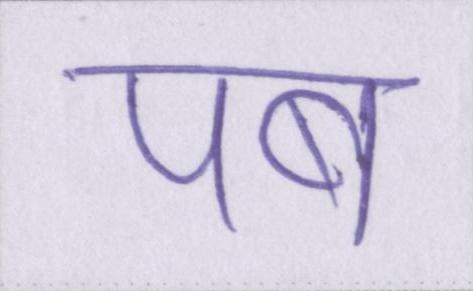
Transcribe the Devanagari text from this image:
पब